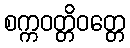
စက္ကဝတ္တိဝတ္တေ